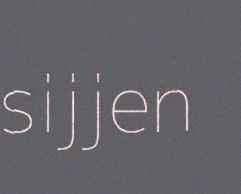
sijjen